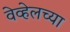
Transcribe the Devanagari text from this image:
वेव्हेलच्या